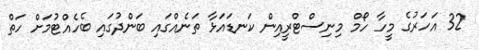
32 އަހަރުގެ މީހާ ހޯމް މިނިސްޓްރީއިން ކަނޑައަޅާ ތަނެއްގައި ބަންދުގައި ބެހެއްޓުމަށް ހަތް